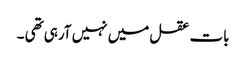
بات عقل میں نہیں آرہی تھی ۔